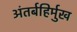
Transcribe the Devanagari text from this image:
अंतर्बहिर्मुख